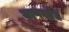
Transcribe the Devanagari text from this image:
जाणवलेले